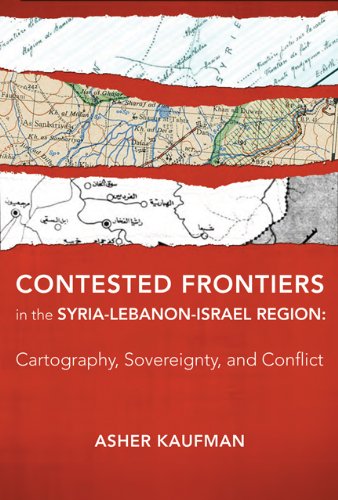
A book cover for Contested Frontiers in the Syria-Lebanon-Israel Region: Cartography, Sovereignty, and Conflict; Asher Kaufman; History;